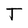
Character: T